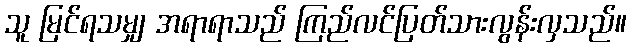
သူ မြင်ရသမျှ အရာရာသည် ကြည်လင်ပြတ်သားလွန်းလှသည်။